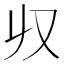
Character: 𠬞